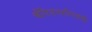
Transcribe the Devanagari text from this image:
चँपियनशीपसाठी